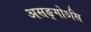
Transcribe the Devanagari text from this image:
असङ्गोऽसि